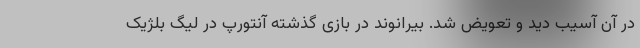
در آن آسیب دید و تعویض شد. بیرانوند در بازی گذشته آنتورپ در لیگ بلژیک